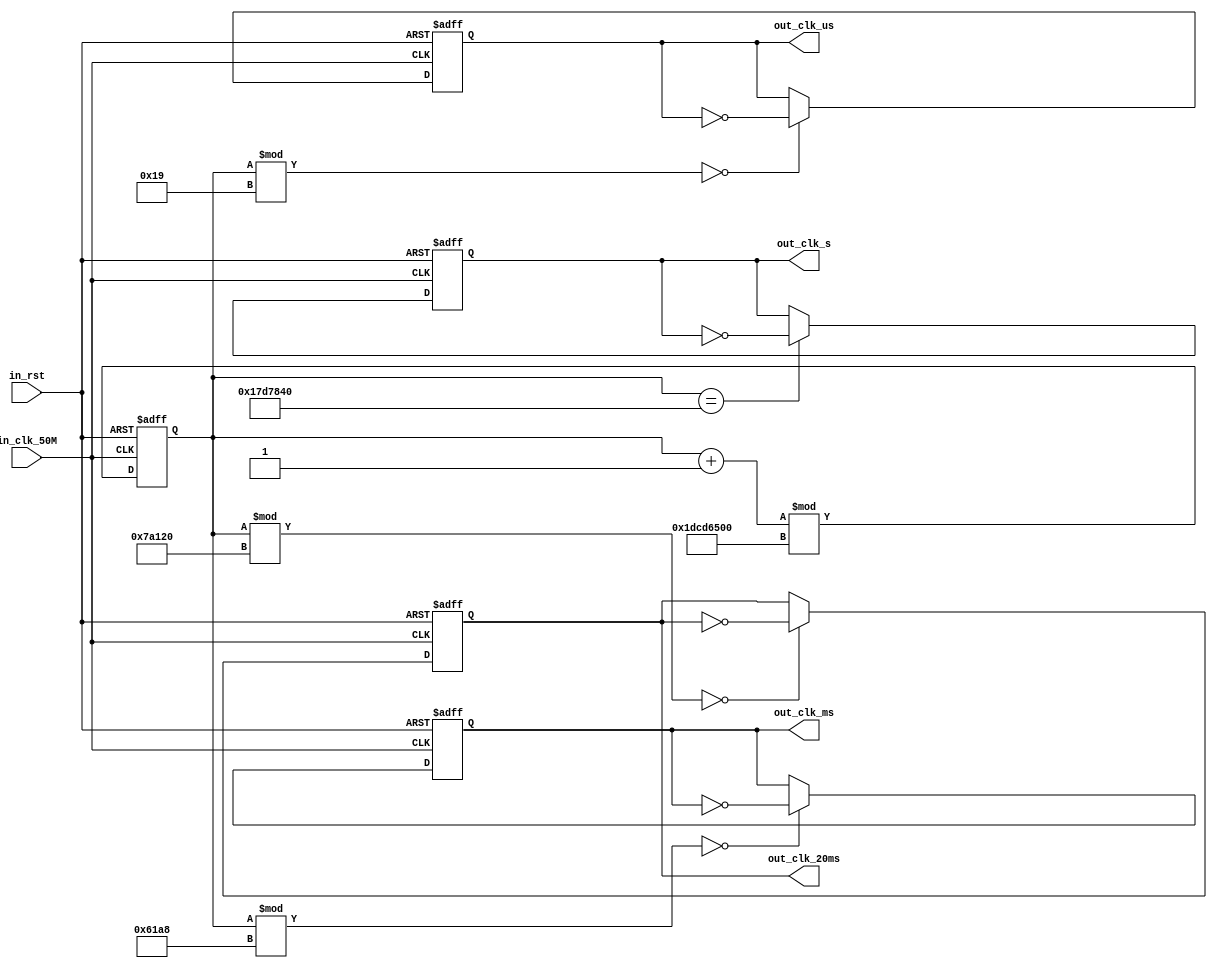
/*******************************(C) COPYRIGHT 2017 Wind*********************************/
/**============================================================================
* @FileName    : Drive_Clock.v
* @Description : 
* @Date        : 2017/4/16
* @By          : Wind
* @Email       : 1659567673@ qq.com
* @Platform    : Quartus II 15.0 (64-bit) (EP4CE22E22C8)
* @Explain     : usmss
*=============================================================================*/ 
module Drive_Clock
(
    input in_clk_50M    
    ,input in_rst 

    ,output out_clk_us 
    ,output out_clk_ms
    ,output reg  out_clk_20ms
    ,output out_clk_s  
);

/*  -------------------------*/
reg [31:0]time_20ns;//20ns
//reg [31:0]time_20ns_2;//20ns
reg clk_us;//us 
reg clk_ms;//ms 
reg clk_s;//s 
 
/*  ---------------------------*/
assign out_clk_us = clk_us; 
assign out_clk_ms = clk_ms;  
assign out_clk_s = clk_s;  
 
 
/*  ---------------------------*/
always @(posedge in_clk_50M or negedge in_rst)
begin 
    if(in_rst == 0) 
		begin
			time_20ns = 0;
			clk_us = 0;
			clk_ms = 0;
            out_clk_20ms = 0;
			clk_s = 0;
		end
	 else 
		begin
			time_20ns <= (time_20ns + 1)%500000000; 
			if(time_20ns%(50/2) == 0) clk_us = ~clk_us;
			if(time_20ns%(50000/2) == 0) clk_ms = ~clk_ms;
			if(time_20ns%(1000000/2) == 0) out_clk_20ms = ~out_clk_20ms; 
			if(time_20ns == (50000000/2)) clk_s = ~clk_s; 
		end
end

 
 
endmodule
/*******************************(C) COPYRIGHT 2017 Wind*********************************/